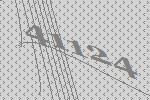
41124